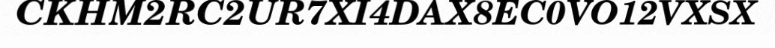
CKHM2RC2UR7XI4DAX8EC0VO12VXSX